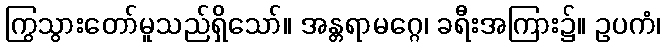
ကြွသွားတော်မူသည်ရှိသော်။ အန္တရာမဂ္ဂေ၊ ခရီးအကြား၌။ ဥပကံ၊